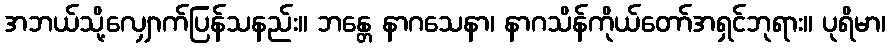
အဘယ်သို့လျှောက်ပြန်သနည်း။ ဘန္တေ နာဂသေနာ၊ နာဂသိန်ကိုယ်တော်အရှင်ဘုရား။ ပုရိမာ၊